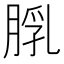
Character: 𦜘